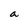
Character: a